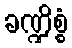
ခဏ္ဍိစ္စံ